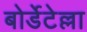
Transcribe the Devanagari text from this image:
बोर्डेटेल्ला